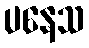
ပနေသ